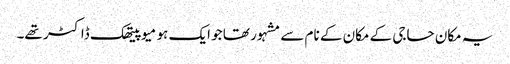
یہ مکان حاجی کے مکان کے نام سے مشہور تھا جو ایک ہو میوپیتھک ڈاکٹر تھے۔